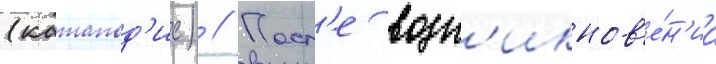
(катапод'ис) // Посл'е возн'икнов'е́н'иа